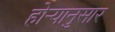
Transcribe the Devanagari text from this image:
होर्‍यानुसार